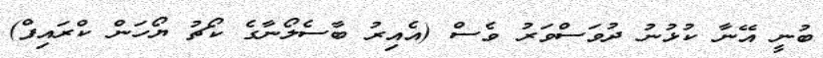
ބުނީ އޭނާ ކުޅުނު ދުވަސްވަރު ވެސް (އެއިރު ބާސެލޯނާގެ ކޯޗު ޔޯހަން ކްރައިފް)